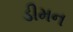
ડીમન